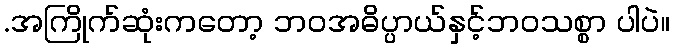
.အကြိုက်ဆုံးကတော့ ဘဝအဓိပ္ပာယ်နှင့်ဘဝသစ္စာ ပါပဲ။